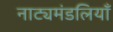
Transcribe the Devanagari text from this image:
नाट्यमंडलियाँ